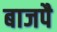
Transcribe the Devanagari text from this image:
बाजपै